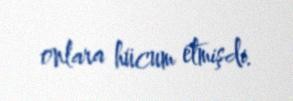
onlara hücum etmişdi.